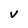
Character: V